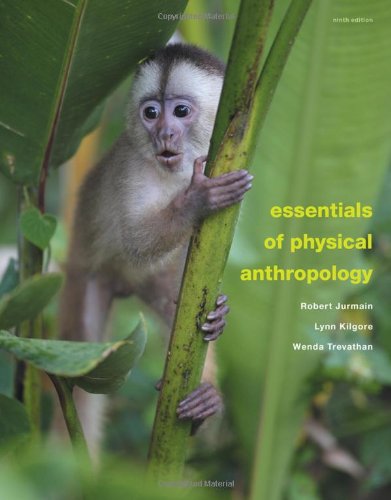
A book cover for Essentials of Physical Anthropology; Robert Jurmain; Science & Math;